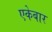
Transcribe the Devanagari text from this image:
एकेबार